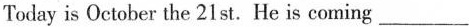
Today is October the 21st. He is coming ___.